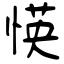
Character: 愥